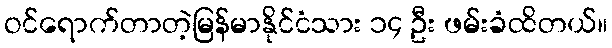
ဝင်ရောက်တာတဲ့မြန်မာနိုင်ငံသား ၁၄ ဦး ဖမ်းခံထိတယ်။